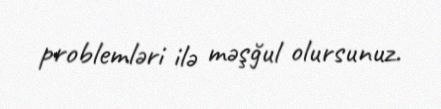
problemləri ilə məşğul olursunuz.